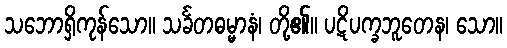
သဘောရှိကုန်သော။ သင်္ခတဓမ္မာနံ၊ တို့၏။ ပဋိပက္ခဘူတေန၊ သော။